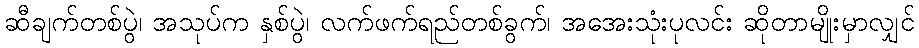
ဆီချက်တစ်ပွဲ၊ အသုပ်က နှစ်ပွဲ၊ လက်ဖက်ရည်တစ်ခွက်၊ အအေးသုံးပုလင်း ဆိုတာမျိုးမှာလျှင်